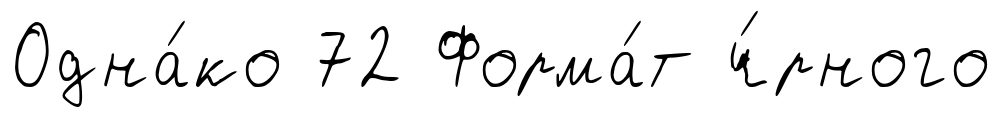
Одна́ко 72 Форма́т ч́рного